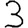
Digit: 3